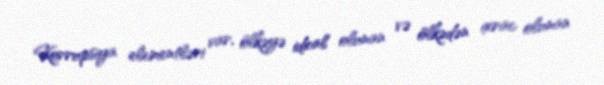
Korrupsiya elementləri var, ölkəyə idxal olunan və ölkədən ixrac olunan